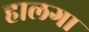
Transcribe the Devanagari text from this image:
हालगा